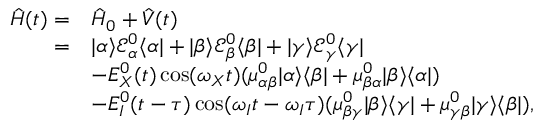
\begin{array} { r l } { \hat { H } ( t ) = } & { \hat { H } _ { 0 } + \hat { V } ( t ) } \\ { = } & { | \alpha \rangle \mathcal { E } _ { \alpha } ^ { 0 } \langle \alpha | + | \beta \rangle \mathcal { E } _ { \beta } ^ { 0 } \langle \beta | + | \gamma \rangle \mathcal { E } _ { \gamma } ^ { 0 } \langle \gamma | } \\ & { - E _ { X } ^ { 0 } ( t ) \cos ( \omega _ { X } t ) ( \mu _ { \alpha \beta } ^ { 0 } | \alpha \rangle \langle \beta | + \mu _ { \beta \alpha } ^ { 0 } | \beta \rangle \langle \alpha | ) } \\ & { - E _ { I } ^ { 0 } ( t - \tau ) \cos ( \omega _ { I } t - \omega _ { I } \tau ) ( \mu _ { \beta \gamma } ^ { 0 } | \beta \rangle \langle \gamma | + \mu _ { \gamma \beta } ^ { 0 } | \gamma \rangle \langle \beta | ) , } \end{array}